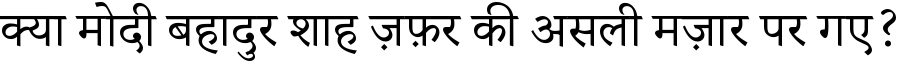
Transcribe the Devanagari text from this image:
क्या मोदी बहादुर शाह ज़फ़र की असली मज़ार पर गए?